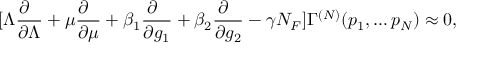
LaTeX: [ \Lambda \frac { \partial \phantom { a } } { \partial \Lambda } + \mu \frac { \partial \phantom { a } } { \partial \mu } + \beta _ { 1 } \frac { \partial \phantom { a } } { \partial g _ { 1 } } + \beta _ { 2 } \frac { \partial \phantom { a } } { \partial g _ { 2 } } - \gamma N _ { F } ] \Gamma ^ { ( N ) } ( p _ { 1 } , \ldots p _ { N } ) \approx 0 ,